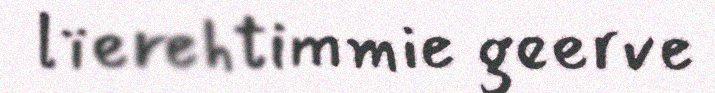
lïerehtimmie geerve